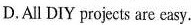
D.All DIY projects are easy.